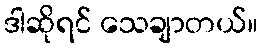
ဒါဆိုရင် သေချာတယ်။